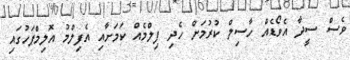
ވެސް ސީދާ އެވޯޑެއް ހާސިލް ކުރުމަށް ހެދި ފިލްމެއް ކަމަށާއި އެފިލްމު އޮލިމްޕަހުގައި